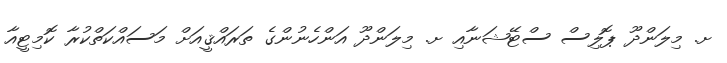
ށ. މިލަންދޫ ޕޮލިސް ސްޓޭޝަނާއި ށ. މިލަންދޫ އަންހެނުންގެ ތަރައްޤީއަށް މަސައްކަތްކުރާ ކޮމިޓީއާ